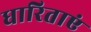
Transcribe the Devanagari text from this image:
धारिताएं